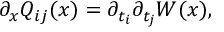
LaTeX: \partial _ { x } Q _ { i j } ( x ) = \partial _ { t _ { i } } \partial _ { t _ { j } } W ( x ) ,